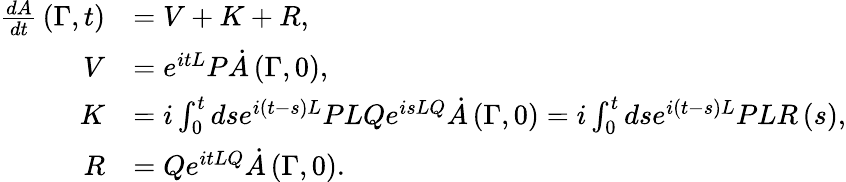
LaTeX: {\begin{array}{rl}{{\frac{dA}{dt}}\left(\Gamma,t\right)}&{=V+K+R,}\\ {V}&{=e^{itL}P{\dot{A}}\left(\Gamma,0\right),}\\ {K}&{=i\int_{0}^{t}dse^{i\left(t-s\right)L}PLQe^{isLQ}{\dot{A}}\left(\Gamma,0\right)=i\int_{0}^{t}dse^{i\left(t-s\right)L}PLR\left(s\right),}\\ {R}&{=Qe^{itLQ}{\dot{A}}\left(\Gamma,0\right).}\end{array}}